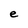
Character: e